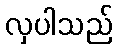
လှပါသည်